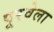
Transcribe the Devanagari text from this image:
पूरवेला